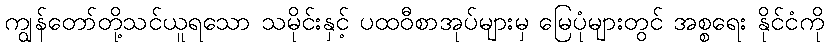
ကျွန်တော်တို့သင်ယူရသော သမိုင်းနှင့် ပထဝီစာအုပ်များမှ မြေပုံများတွင် အစ္စရေး နိုင်ငံကို